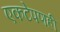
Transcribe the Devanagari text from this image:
एकटेपणही